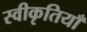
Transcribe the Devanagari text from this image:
स्वीकृतियाँ